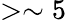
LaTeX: >\sim 5